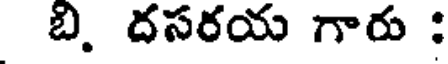
బి. దసరయ గారు :